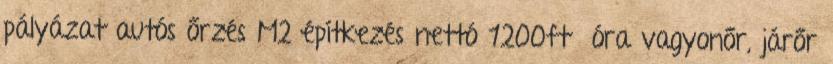
pályázat autós őrzés M2 építkezés nettó 1200ft óra vagyonőr, járőr